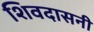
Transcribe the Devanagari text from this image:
शिवदासनी